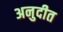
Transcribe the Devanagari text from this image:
अनुदीत